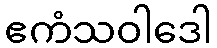
ဧကံသဝါဒေါ